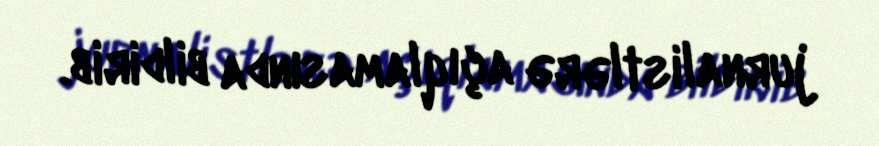
jurnalistlərə açıqlamasında bildirib.